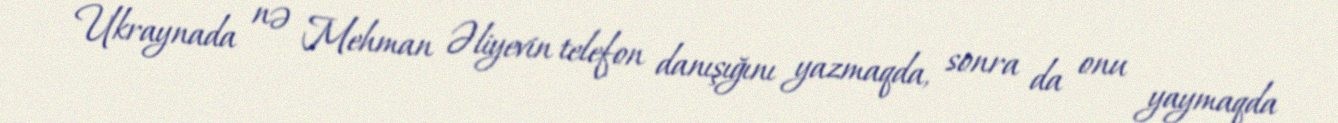
Ukraynada nə Mehman Əliyevin telefon danışığını yazmaqda, sonra da onu yaymaqda